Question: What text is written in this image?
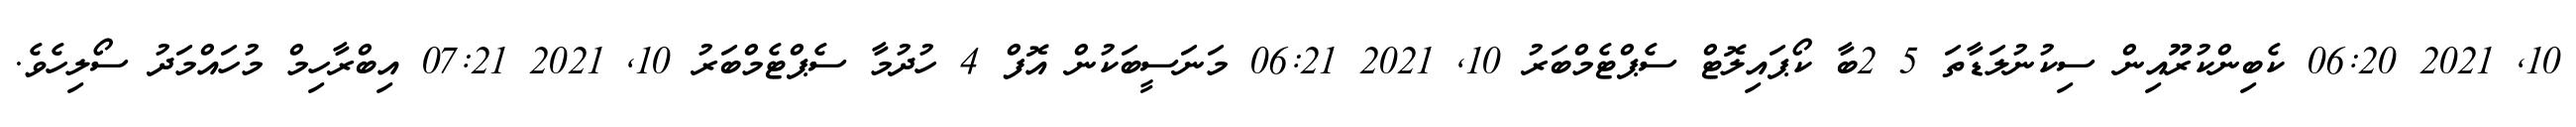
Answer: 10, 2021 06:20 ކެބިންކުރޫއިން ސިކުނުލަޑާތަ 5 2ބާ ކޯޕައިލޮޓް ސެޕްޓެމްބަރު 10, 2021 06:21 މަނަސީބަކުން އޮފް 4 ހުދުމާ ސެޕްޓެމްބަރު 10, 2021 07:21 އިބްރާހިމް މުހައްމަދު ސޯލިހެވެ.